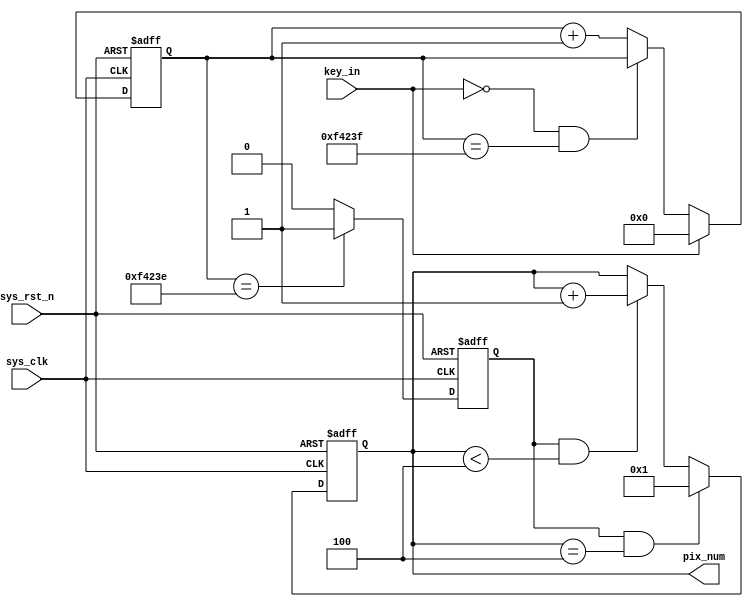
`timescale  1ns/1ns
////////////////////////////////////////////////////////////////////////
// Module Name   : pix_change
// Project Name  : hdmi_colorbar
// Target Devices: Altera EP4CE10F17C8N
// Description   : pix(1080p)
// Revision      : V1.0
////////////////////////////////////////////////////////////////////////
module pix_change
(
	input   wire            sys_clk     ,   //,MHz
   input   wire            sys_rst_n ,//,
	input   wire 			   key_in,
	output  reg    [3:0]	   pix_num
);
//parameter   pixtime 	= 	22'd2475000;//clk
//parameter	FrameMax	=	10'd300;

//reg [21:0] cnt;
//reg [9:0]	frame;

reg [19:0] cnt_20ms;
reg  key_flag;

//vga_clk
/*always@(posedge vga_clk or negedge sys_rst_n)
	if(sys_rst_n == 1'd0)
		cnt <= 22'd0;
	else if(cnt == pixtime - 1'd1)
		cnt <= 22'd0; 
	else 
		cnt <= cnt + 1'd1;
*/
//
/*		
always@(posedge vga_clk or negedge sys_rst_n)	
	if(sys_rst_n == 1'd0)
		frame 	<= 1'd0;
	else   if(frame == FrameMax - 1'd1)
		frame <= 1'd0;
	else	if(cnt == pixtime - 1'd1)
		frame <=	frame + 1'd1;
	else
		frame <=	frame;
*/
//pix_num
/*
always@(posedge vga_clk or negedge sys_rst_n)	
	if(sys_rst_n == 1'd0 && pix_num==4'd10)
		pix_num <= 4'd0;
	else if(frame == FrameMax - 1'd1)
		pix_num <= pix_num + 1'd1;
	else 
		pix_num <= pix_num;
*/
always@(posedge sys_clk or negedge sys_rst_n)	
	if(sys_rst_n==1'b0)
		cnt_20ms<=1'b0;
	else if(key_in==1'b1)
		cnt_20ms<=1'b0;
	else if(key_in==1'b0 && cnt_20ms==20'd999999)
		cnt_20ms<=cnt_20ms;
	else
		cnt_20ms<=cnt_20ms+1;
		
always@(posedge sys_clk or negedge sys_rst_n)
	if(sys_rst_n==1'b0)
		key_flag<=1'b0;
	else if(cnt_20ms==20'd999998)
		key_flag<=1'b1;
	else
		key_flag<=1'b0;
	
	
always@(posedge sys_clk or negedge sys_rst_n)
	if(sys_rst_n==1'b0)
		pix_num<=1'b0;
	else if(key_flag==1'b1&&pix_num==4'd4)
		pix_num<=1'b1;
	else if(key_flag==1'b1&&pix_num<4'd4)
		pix_num<=pix_num+1;
	else
		pix_num<=pix_num;
		
endmodule